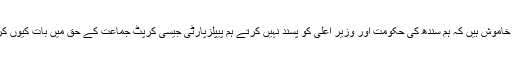
سب خاموش ہیں کہ ہم سندھ کی حکومت اور وزیر اعلیٰ کو پسند نہیں کرتے ہم پیپلزپارٹی جیسی کرپٹ جماعت کے حق میں بات کیوں کریں؟